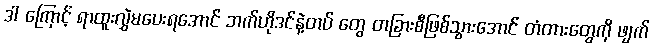
ဒါ ကြောင့် ရာထူးလွှဲမပေးရအောင် ဘက်ဟိုဒင်နဲ့တပ် တွေ တခြားစီဖြစ်သွားအောင် တံတားတွေကို ဖျက်